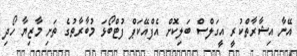
އޭނާ އިޝާރާތްކުރީ އީގަލްސް ބަލިކޮށް އެފްއޭކަޕް ފުޓްބޯޅަ މުބާރާތުގެ ތަށި މާޒިޔާ ހޯދި